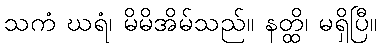
သကံ ဃရံ၊ မိမိအိမ်သည်။ နတ္ထိ၊ မရှိပြီ။